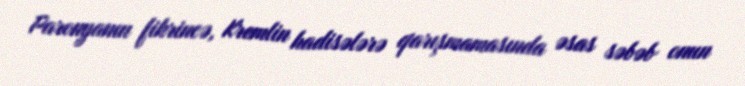
Paronyanın fikrincə, Kremlin hadisələrə qarışmamasında əsas səbəb onun